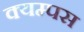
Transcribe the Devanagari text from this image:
क्यम्पस